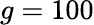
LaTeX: g=100